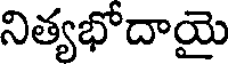
నిత్యభోదాయై